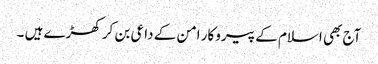
آج بھی اسلام کے پیروکار امن کے داعی بن کر کھڑے ہیں ۔